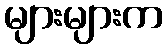
များများက